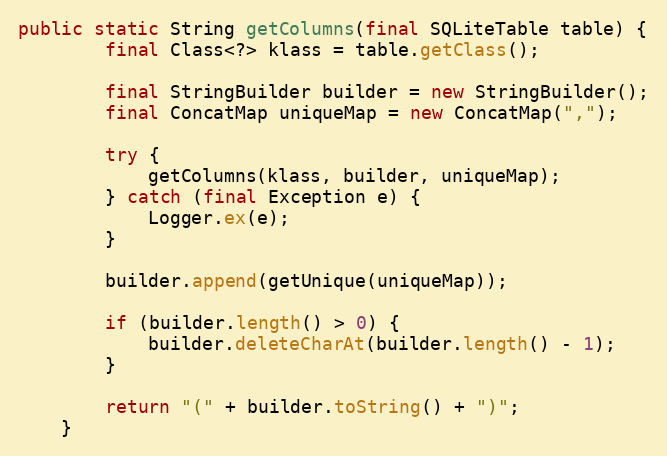
Language: Java
public static String getColumns(final SQLiteTable table) {
		final Class<?> klass = table.getClass();

		final StringBuilder builder = new StringBuilder();
		final ConcatMap uniqueMap = new ConcatMap(",");

		try {
			getColumns(klass, builder, uniqueMap);
		} catch (final Exception e) {
			Logger.ex(e);
		}

		builder.append(getUnique(uniqueMap));

		if (builder.length() > 0) {
			builder.deleteCharAt(builder.length() - 1);
		}

		return "(" + builder.toString() + ")";
	}